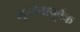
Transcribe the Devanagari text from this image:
मूर्खतापूर्वक